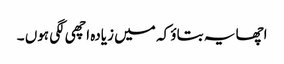
اچھا یہ بتاؤ کہ میں زیادہ اچھی لگی ہوں ۔